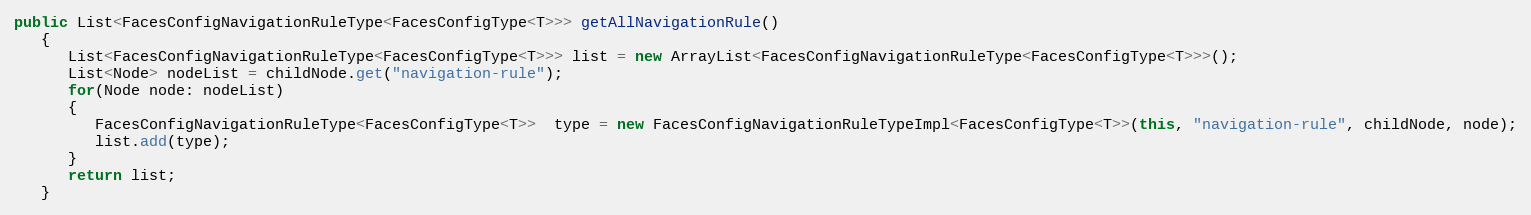
Language: Java
public List<FacesConfigNavigationRuleType<FacesConfigType<T>>> getAllNavigationRule()
   {
      List<FacesConfigNavigationRuleType<FacesConfigType<T>>> list = new ArrayList<FacesConfigNavigationRuleType<FacesConfigType<T>>>();
      List<Node> nodeList = childNode.get("navigation-rule");
      for(Node node: nodeList)
      {
         FacesConfigNavigationRuleType<FacesConfigType<T>>  type = new FacesConfigNavigationRuleTypeImpl<FacesConfigType<T>>(this, "navigation-rule", childNode, node);
         list.add(type);
      }
      return list;
   }